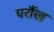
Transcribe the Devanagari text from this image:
परौंख